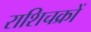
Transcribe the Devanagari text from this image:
राशिचक्रों